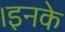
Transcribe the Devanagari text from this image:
।इनके